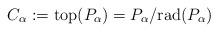
LaTeX: \begin{align*}C_{\alpha} := \mathrm{top}(P_{\alpha}) = P_{\alpha}/\mathrm{rad}(P_{\alpha})\end{align*}